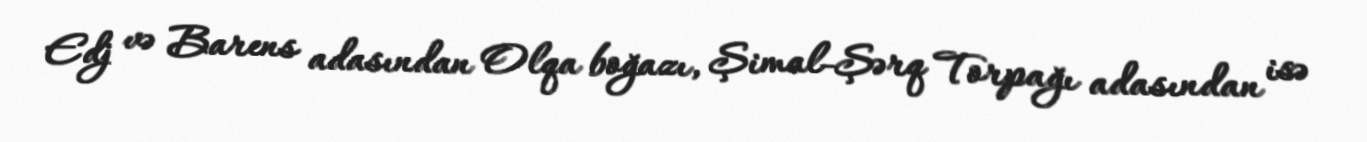
Edj və Barens adasından Olqa boğazı, Şimal-Şərq Torpağı adasından isə